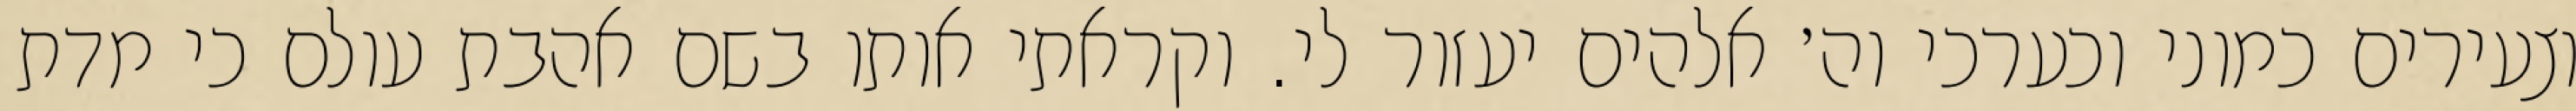
וצעירים כמוני וכערכי וה׳ אלהים יעזור לי. וקראתי אותו בשם אהבת עולם כי מדת